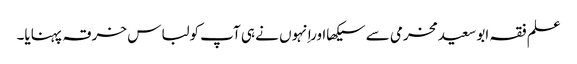
علم فقہ ابو سعیدمخرمی سے سیکھااوراِنہوں نے ہی آپ کولباس خرقہ پہنایا۔